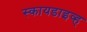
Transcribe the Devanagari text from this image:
स्कायडाइव्ह